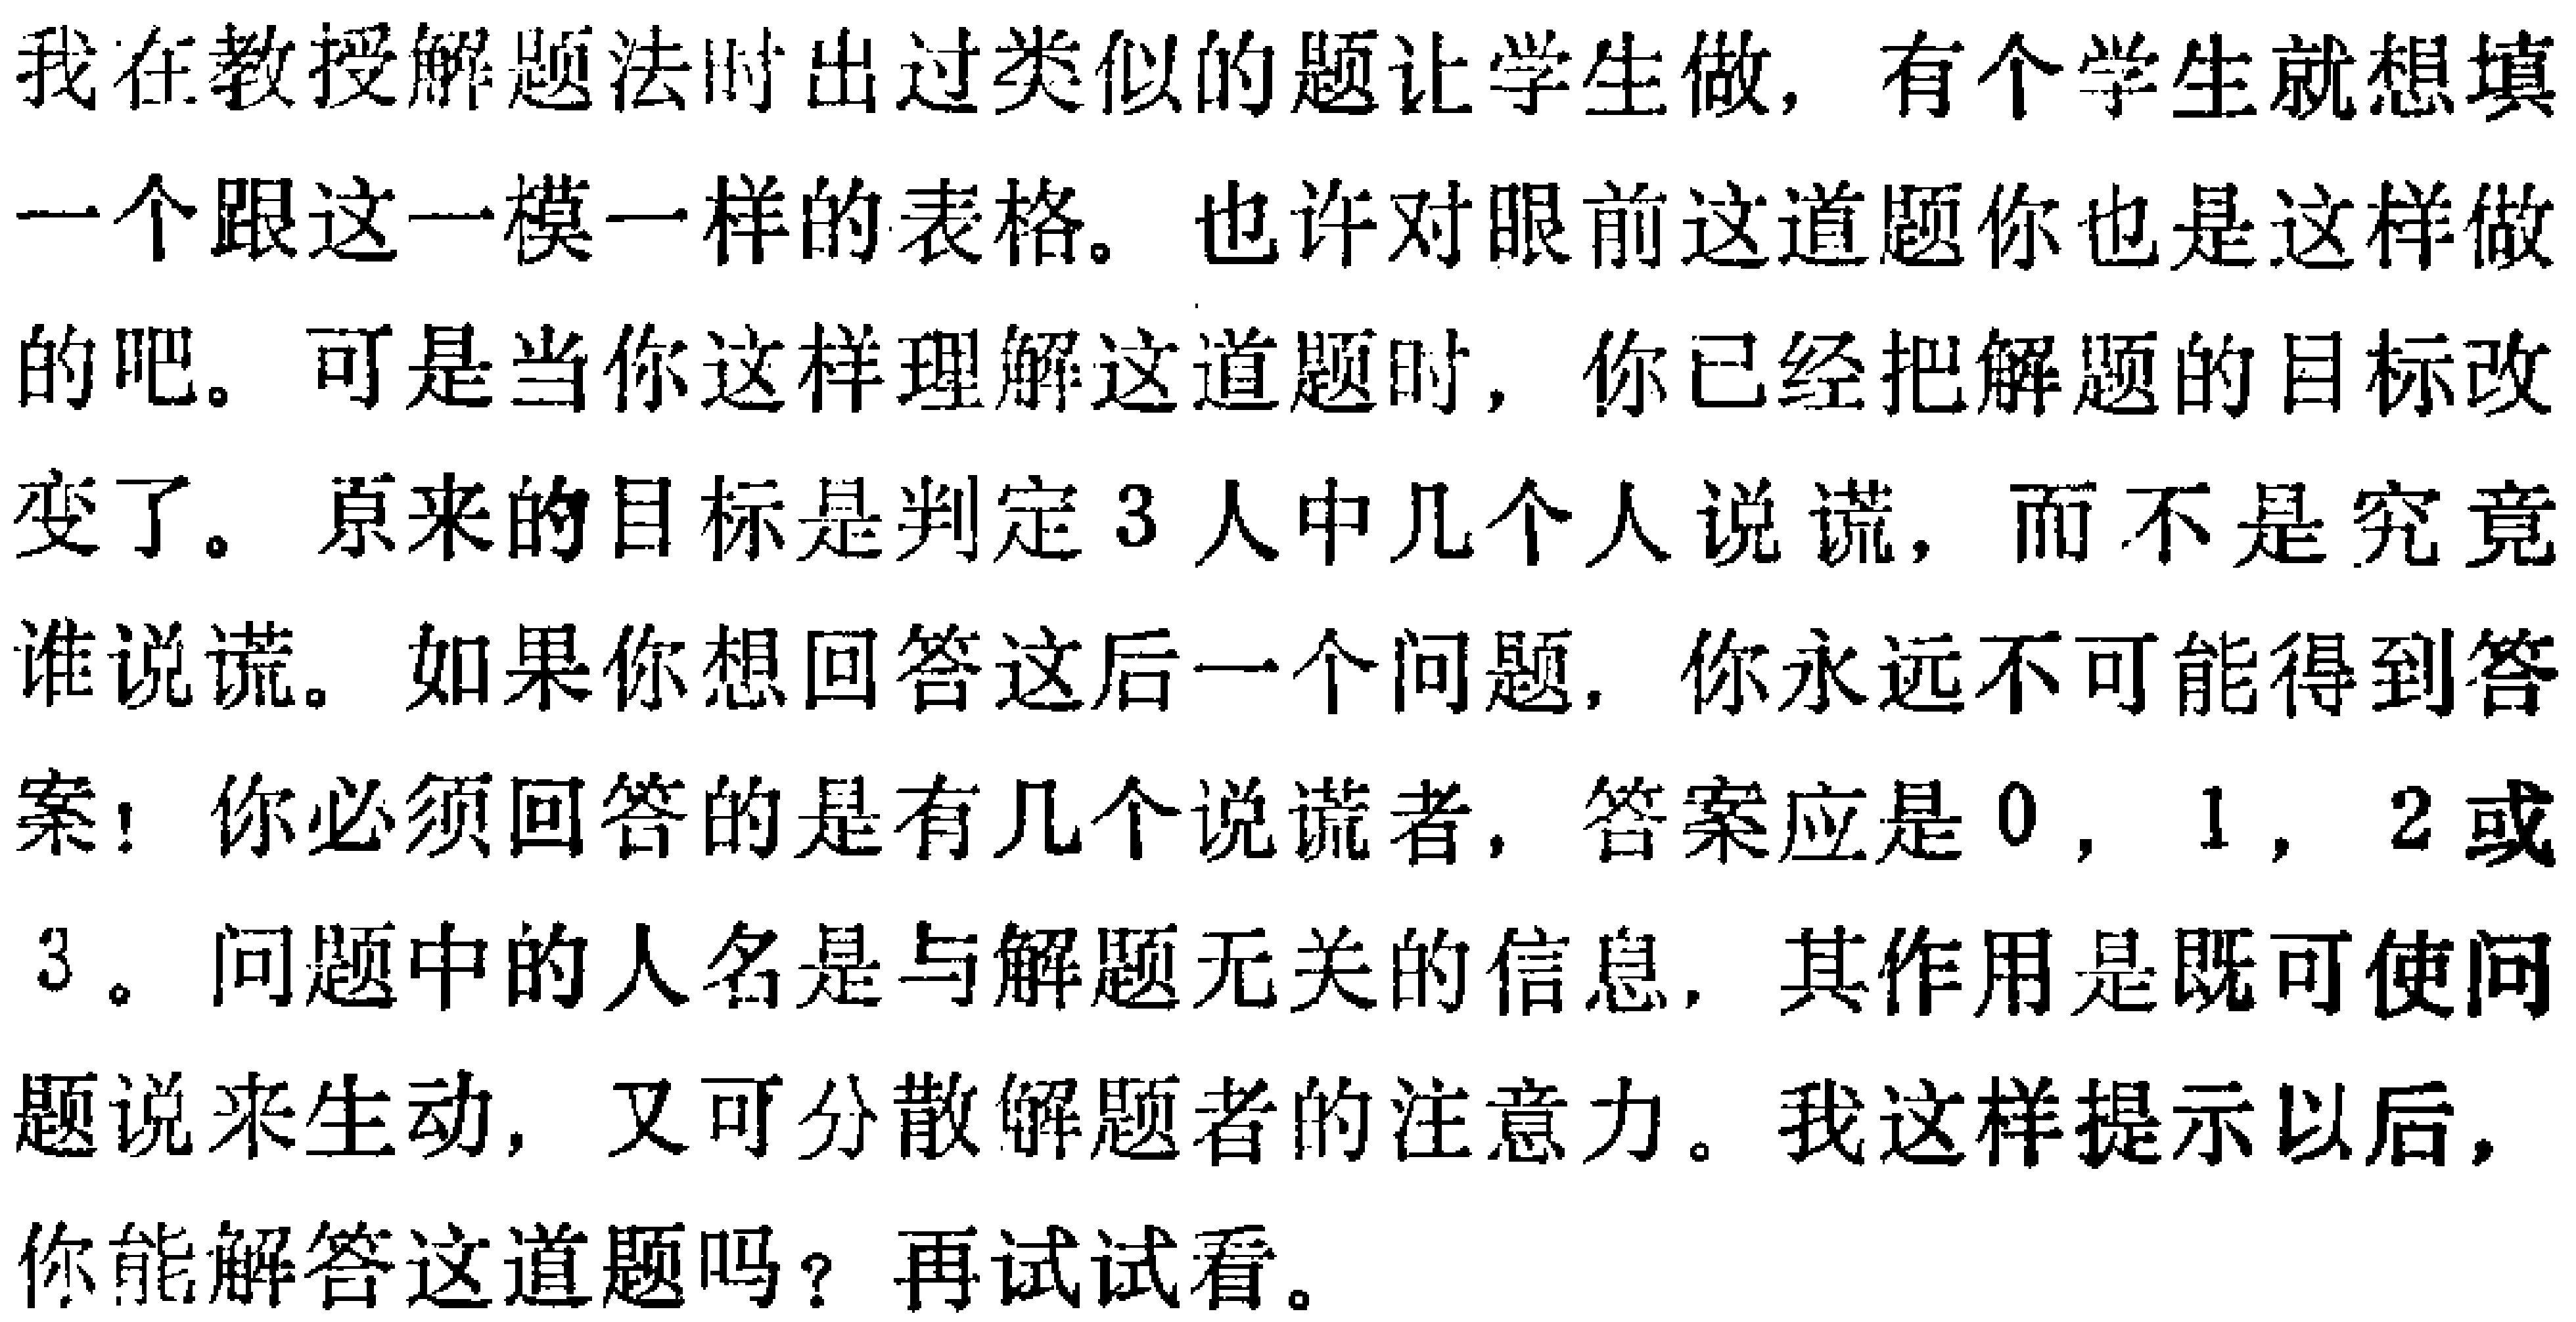
我在教授解题法时出过类似的题让学生做，有个学生就想填

一个跟这一模一样的表格。也许对眼前这道题你也是这样做

的吧。可是当你这样理解这道题时，你已经把解题的目标改

变了。原来的目标是判定3人中几个人说谎，而不是究竟

谁说谎。如果 你想回答这后一个问题，你永远不可能得到答

案！你必须回答的是有几个说谎者，答案应是0，1，2或

3。问题中的人名是与解题无关的信息，其作用是既可使问

题说来生动，又可分散解题者的注意力。我这样提示以后，

你能解答这道题吗？再试试看。